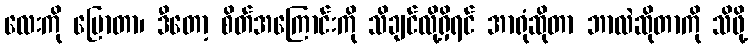
လေးကို ပြောတာ၊ ဒီတော့ စိတ်အကြောင်းကို သိချင်လို့ရှိရင် အာရုံဆိုတာ ဘာလဲဆိုတာကို သိဖို့